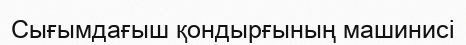
Сығымдағыш қондырғының машинисі